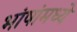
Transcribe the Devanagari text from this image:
भांषांमध्ये